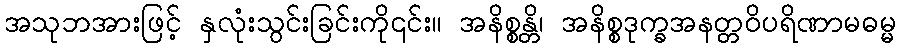
အသုဘအားဖြင့် နှလုံးသွင်းခြင်းကို၎င်း။ အနိစ္စန္တိ၊ အနိစ္စဒုက္ခအနတ္တဝိပရိဏာမဓမ္မ